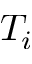
T _ { i }